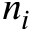
n _ { i }